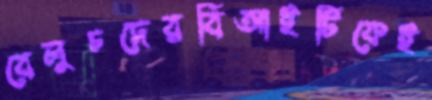
বেলুচদেরবিআইটিকেই